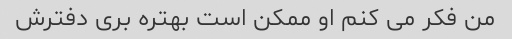
من فکر می کنم او ممکن است بهتره بری دفترش